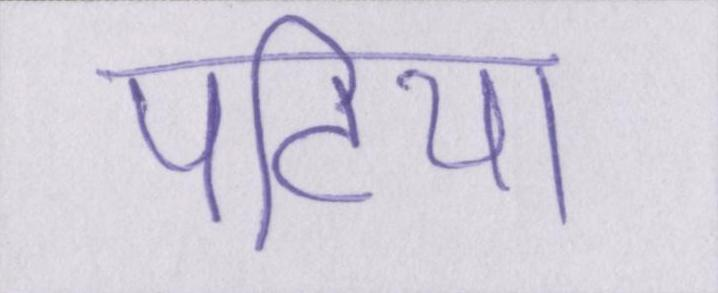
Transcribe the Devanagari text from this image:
पटिया